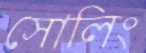
সোলিং